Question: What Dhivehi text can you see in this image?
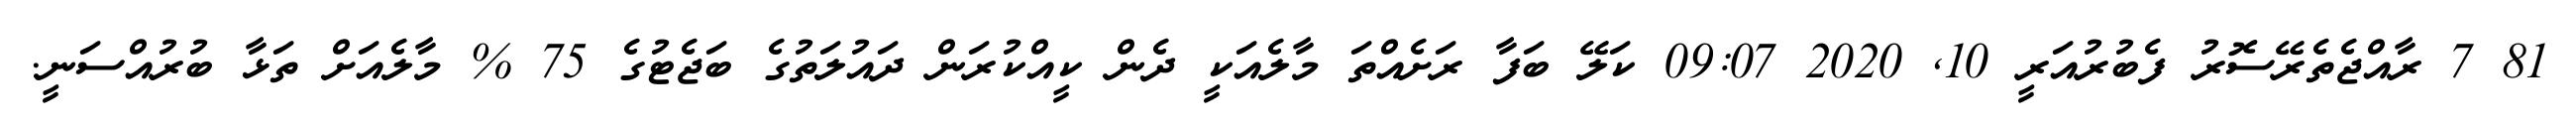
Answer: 81 7 ރާއްޖެތެރޭސޮރު ފެބުރުއަރީ 10, 2020 09:07 ކަލޭ ބަފާ ރަށެއްތަ މާލެއަކީ ދެން ކީއްކުރަން ދައުލަތުގެ ބަޖެޓުގެ 75 % މާލެއަށް ތަޅާ ބުރުއްސަނީ.